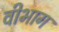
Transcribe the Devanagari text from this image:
वीभाग